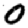
Digit: 0